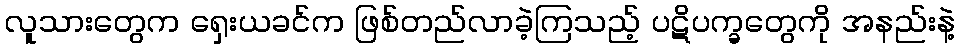
လူသားတွေက ရှေးယခင်က ဖြစ်တည်လာခဲ့ကြသည့် ပဋိပက္ခတွေကို အနည်းနဲ့